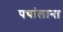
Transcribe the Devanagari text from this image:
पचांलाना